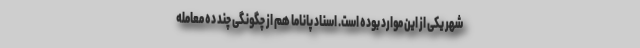
شهر یکی از این موارد بوده است. اسناد پاناما هم از چگونگی چند ده معامله